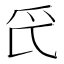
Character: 𱬵